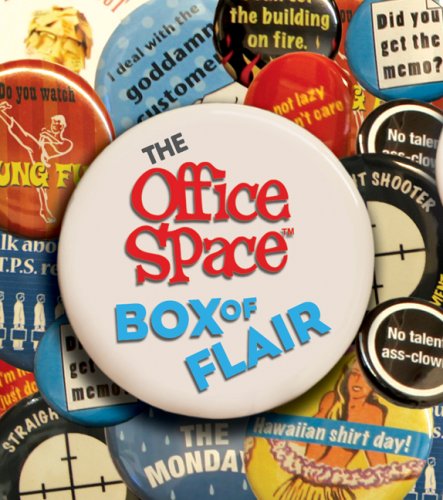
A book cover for Office Space Box of Flair; Jennifer Leczkowski; Humor & Entertainment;